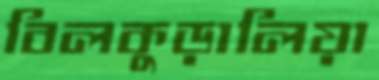
বিলকুড়ালিয়া